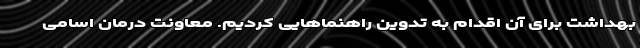
بهداشت برای آن اقدام به تدوین راهنماهایی کردیم. معاونت درمان اسامی